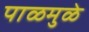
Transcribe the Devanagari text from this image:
पाळमुळे